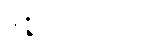
မဇ္ဈိမသဟဂတာ